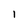
Character: 1